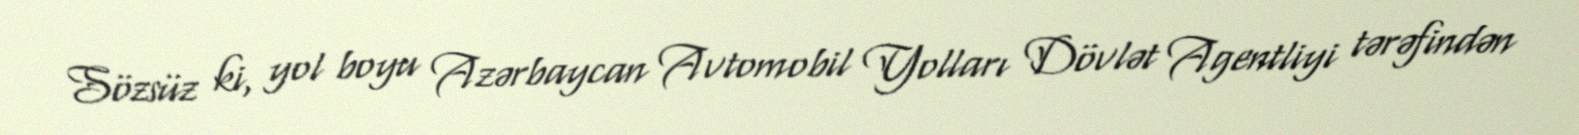
Sözsüz ki, yol boyu Azərbaycan Avtomobil Yolları Dövlət Agentliyi tərəfindən